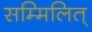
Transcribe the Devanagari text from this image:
सम्मिलित्